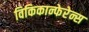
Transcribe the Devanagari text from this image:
विकिकान्फेरेन्स